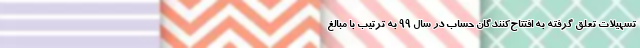
تسهیلات تعلق گرفته به افتتاح‌کنندگان حساب در سال ۹۹ به ترتیب با مبالغ